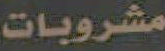
مشروبات